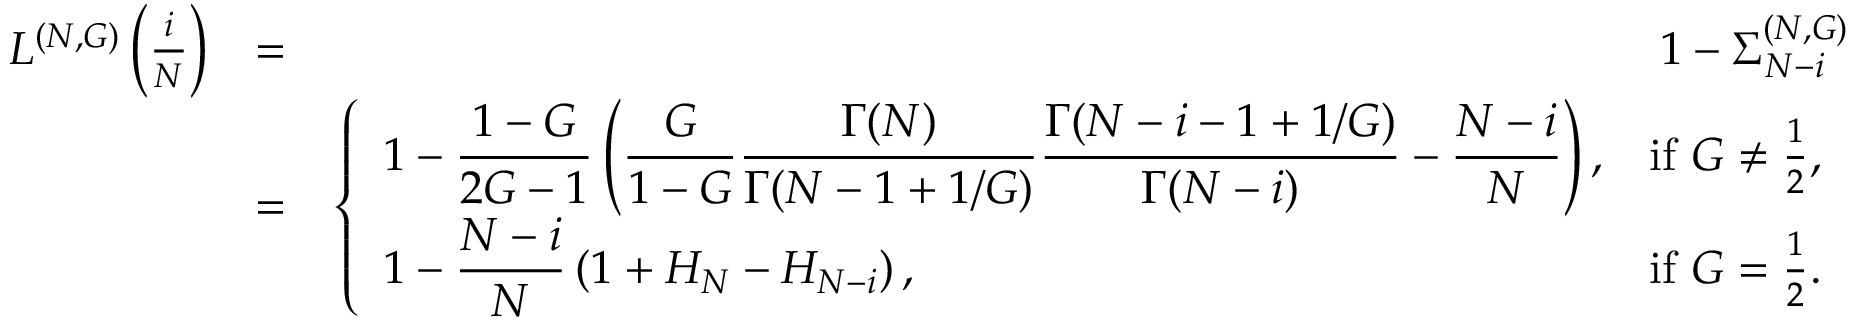
\begin{array} { r l r } { L ^ { ( N , G ) } \left( \frac { i } { N } \right) } & { = } & { 1 - \Sigma _ { N - i } ^ { ( N , G ) } } \\ & { = } & { \left\{ \begin{array} { l l } { \displaystyle 1 - \frac { 1 - G } { 2 G - 1 } \left( \frac { G } { 1 - G } \frac { \Gamma ( N ) } { \Gamma ( N - 1 + 1 / G ) } \frac { \Gamma ( N - i - 1 + 1 / G ) } { \Gamma ( N - i ) } - \frac { N - i } { N } \right) , } & { \mathrm { i f ~ } G \neq \frac { 1 } { 2 } , } \\ { \displaystyle 1 - \frac { N - i } { N } \left( 1 + H _ { N } - H _ { N - i } \right) , } & { \mathrm { i f ~ } G = \frac { 1 } { 2 } . } \end{array} \right. } \end{array}